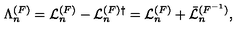
\Lambda _ { n } ^ { ( F ) } = { \cal L } _ { n } ^ { ( F ) } - { \cal L } _ { n } ^ { ( F ) \dagger } = { \cal L } _ { n } ^ { ( F ) } + \bar { \cal L } _ { n } ^ { ( F ^ { - 1 } ) } ,